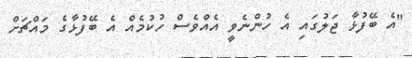
"އެ ބޭފުޅާ ޖަލުގައި އެ ހުންނެވީ އެއްވެސް ހުކުމެއް އެ ބޭފުޅާގެ މައްޗަށް